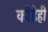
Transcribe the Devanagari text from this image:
कोडेही